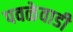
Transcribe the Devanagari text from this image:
पवळेवाडी